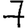
Digit: 7